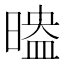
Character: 𣉗